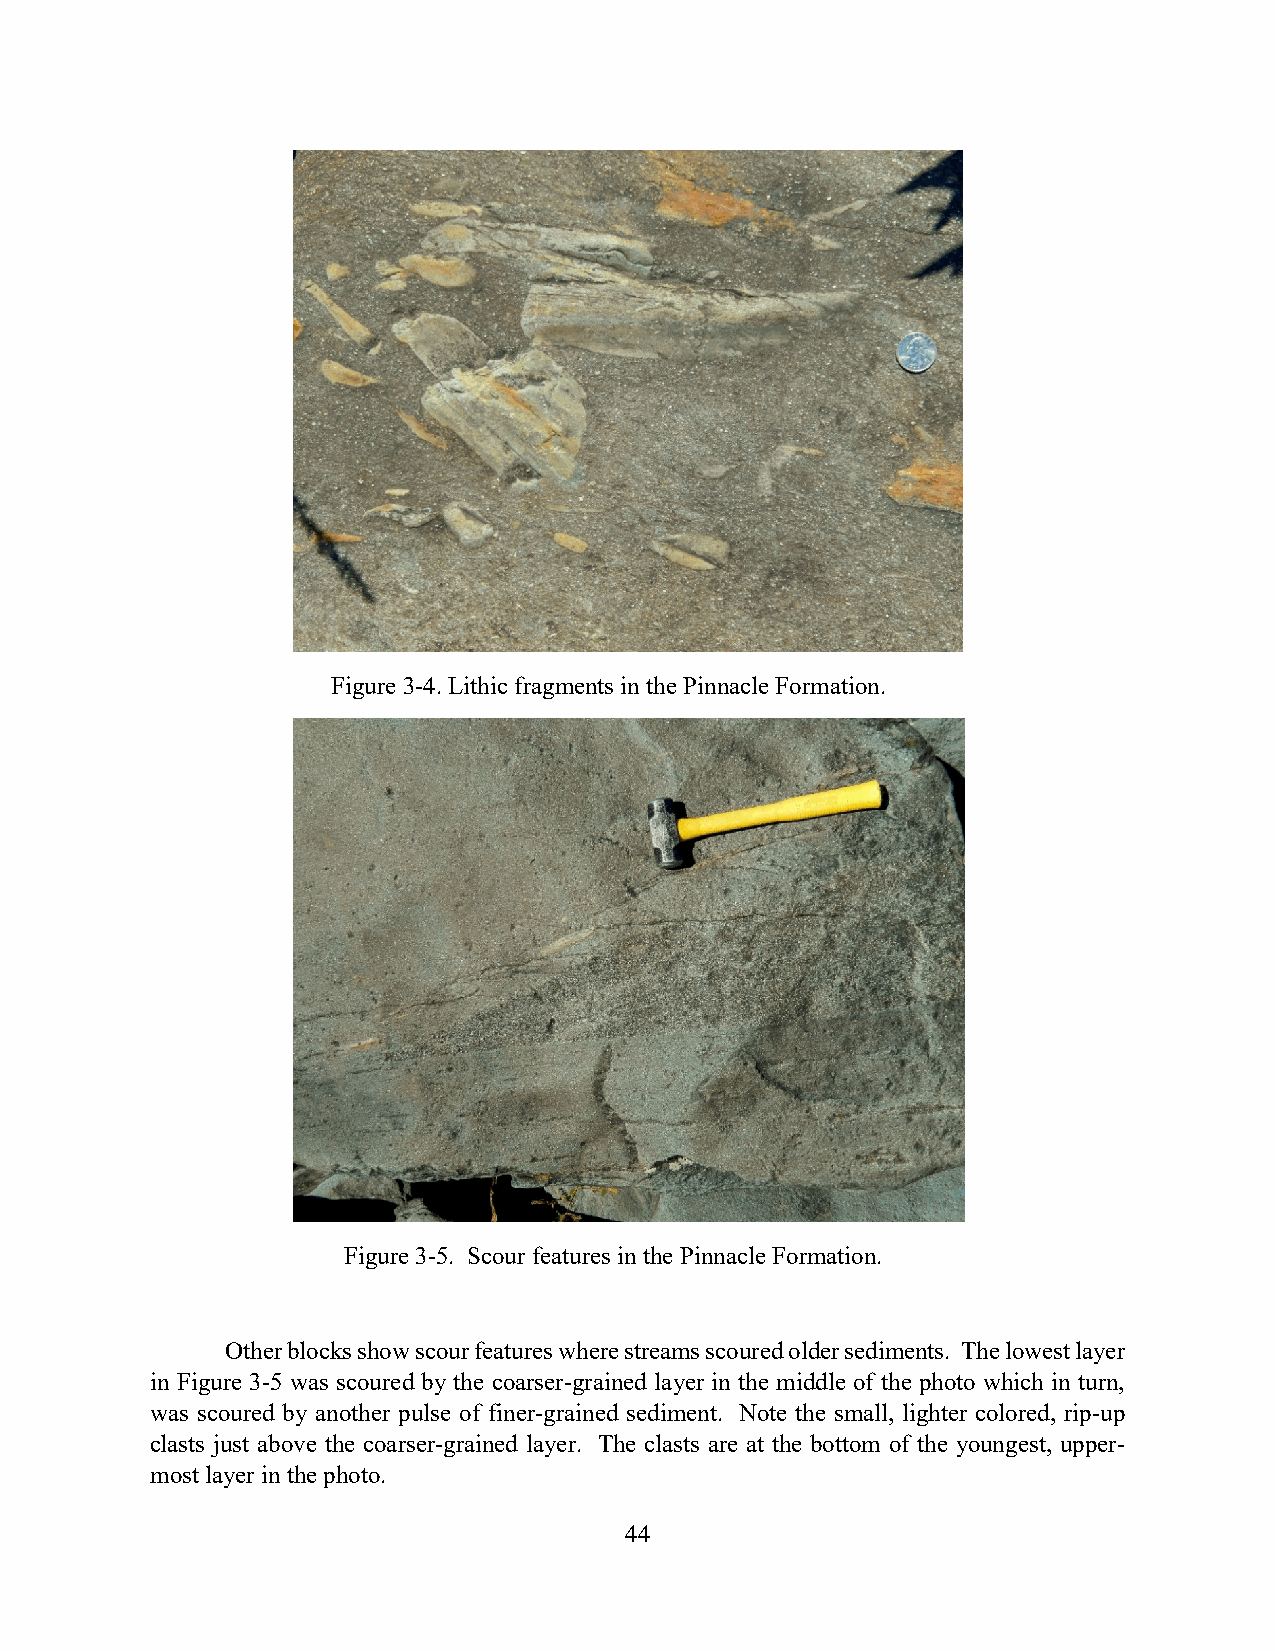
Figure 3-4. Lithic fragments in the Pinnacle Formation.
 Figure 3-5. Scour features in the Pinnacle Formation.
 Other blocks show scour features where streams scoured older sediments. The lowest layer
 in Figure 3-5 was scoured by the coarser-grained layer in the middle of the photo which in turn,
 was scoured by another pulse of finer-grained sediment. Note the small, lighter colored, rip-up
 clasts just above the coarser-grained layer. The clasts are at the bottom of the youngest, upper-
 most layer in the photo.
 44